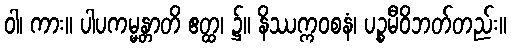
ဝါ၊ ကား။ ပါပကမ္မန္တာတိ ဧတ္ထ၊ ၌။ နိဿက္ကဝစနံ၊ ပဉ္စမီဝိဘတ်တည်း။